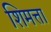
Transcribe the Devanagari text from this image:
शिमत्ता